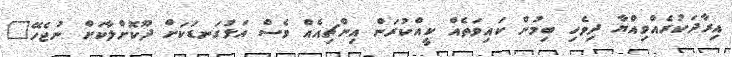
އިރާދަކުރެއްވިއްޔާ ދިވެހި ބިމުން ކައިވަތެއް ކީއްކުރަން އިންޗިއެއް ވެސް އަޅުގަނޑަކަށް ދޫކޮށްލާކަށް ނުޖެހޭ"